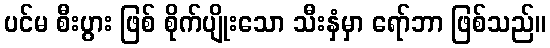
ပင်မ စီးပွား ဖြစ် စိုက်ပျိုးသော သီးနှံမှာ ရော်ဘာ ဖြစ်သည်။